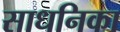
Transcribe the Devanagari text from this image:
साधनिका